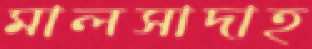
মালসাদাহ